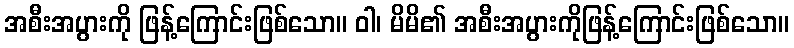
အစီးအပွားကို ဖြန့်ကြောင်းဖြစ်သော။ ဝါ၊ မိမိ၏ အစီးအပွားကိုဖြန့်ကြောင်းဖြစ်သော။